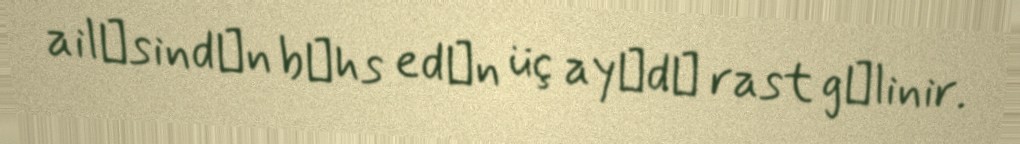
ailәsindәn bәhs edәn üç ayәdә rast gәlinir.